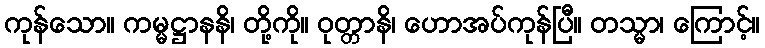
ကုန်သော။ ကမ္မဋ္ဌာနနိ၊ တို့ကို။ ဝုတ္တာနိ၊ ဟောအပ်ကုန်ပြီ။ တသ္မာ၊ ကြောင့်။